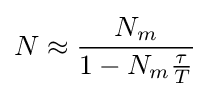
N\approx {\frac {N_{m}}{1-N_{m}{\frac {\tau }{T}}}}